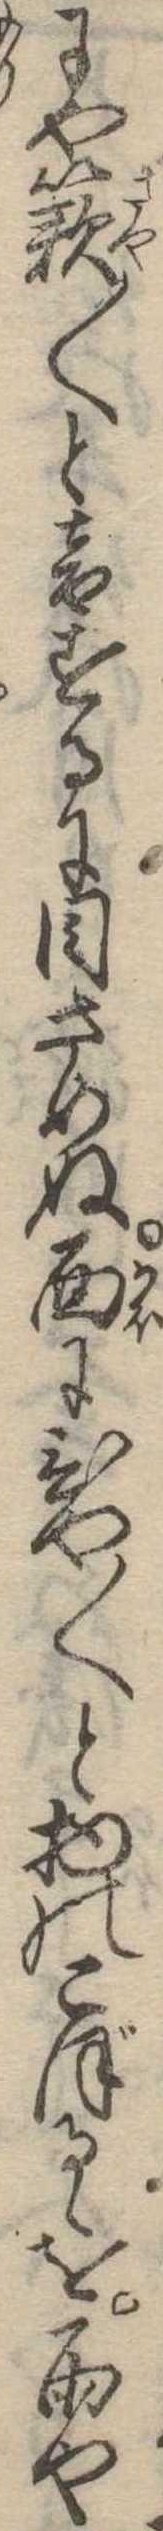
にや籟〱と音するに目さめぬ面にひや〱と物のこぼるゝを雨や